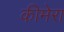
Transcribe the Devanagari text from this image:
कीमेरा